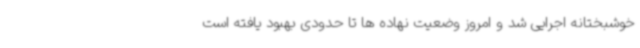
خوشبختانه اجرایی شد و امروز وضعیت نهاده ها تا حدودی بهبود یافته است